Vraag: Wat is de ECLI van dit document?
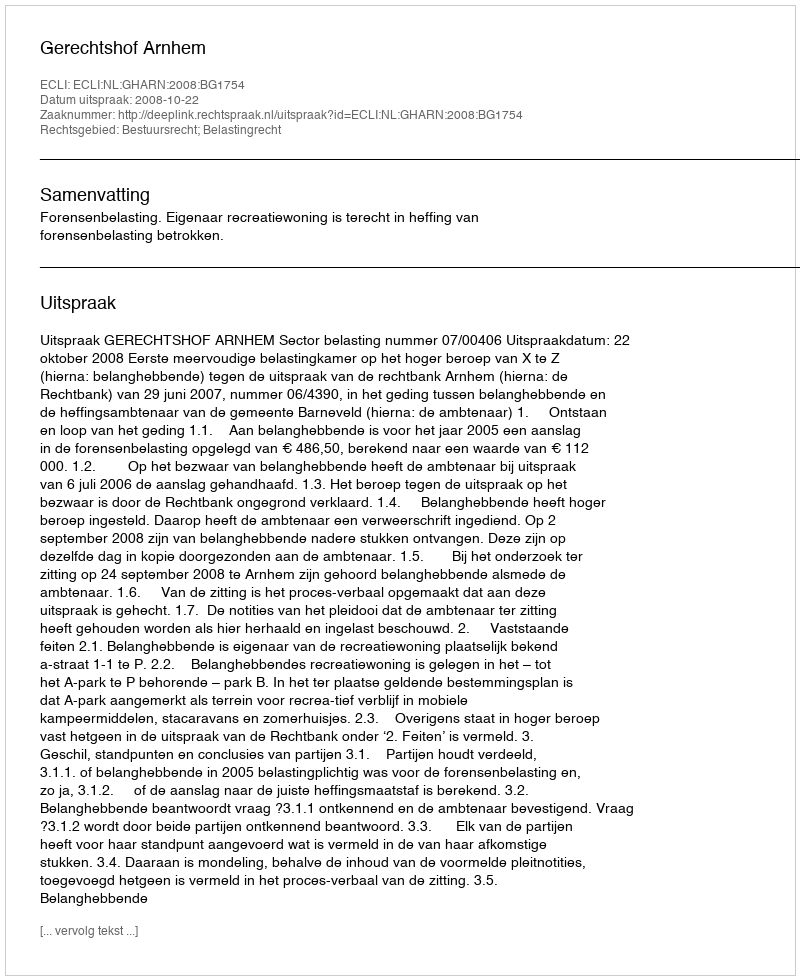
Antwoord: ECLI:NL:GHARN:2008:BG1754